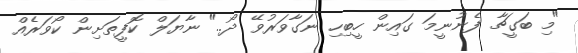
"މި ބަގީޗާ ފެނުނީމަ ގައިން ހީބިހި ނަގާވަރުވޭ ދޯ.." ނާޔަލް ކޮފީތަށިން ކޯވަރެއް